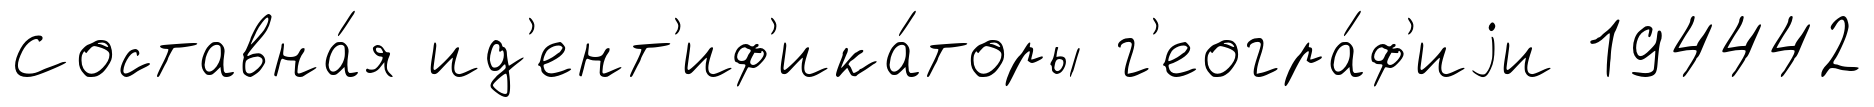
Составна́я ид'ент'иф'ика́торы г'еогра́ф'иjи 194442